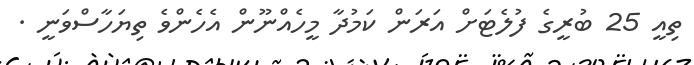
ތިއީ 25 ބުރީގެ ފުލެޓަށް އަރަން ކަމުދާ މީހެއްނޫން އެހެންވެ ތިޔަހާސްވަނީ .